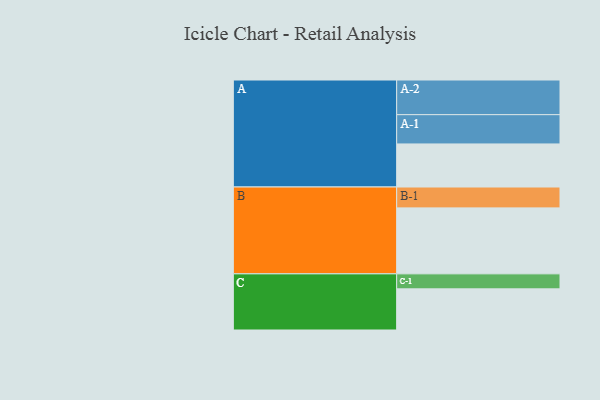
{"axis": {"x": "Segment", "y": "Value"}, "legend": ["", "A", "B", "C"], "data": [{"x": "A", "y": 359, "type": ""}, {"x": "B", "y": 550, "type": ""}, {"x": "C", "y": 343, "type": ""}, {"x": "A-1", "y": 244, "type": "A"}, {"x": "A-2", "y": 289, "type": "A"}, {"x": "B-1", "y": 174, "type": "B"}, {"x": "C-1", "y": 125, "type": "C"}]}